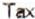
TAX